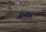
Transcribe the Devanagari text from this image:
मिथ्यकथा